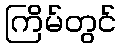
ကြိမ်တွင်